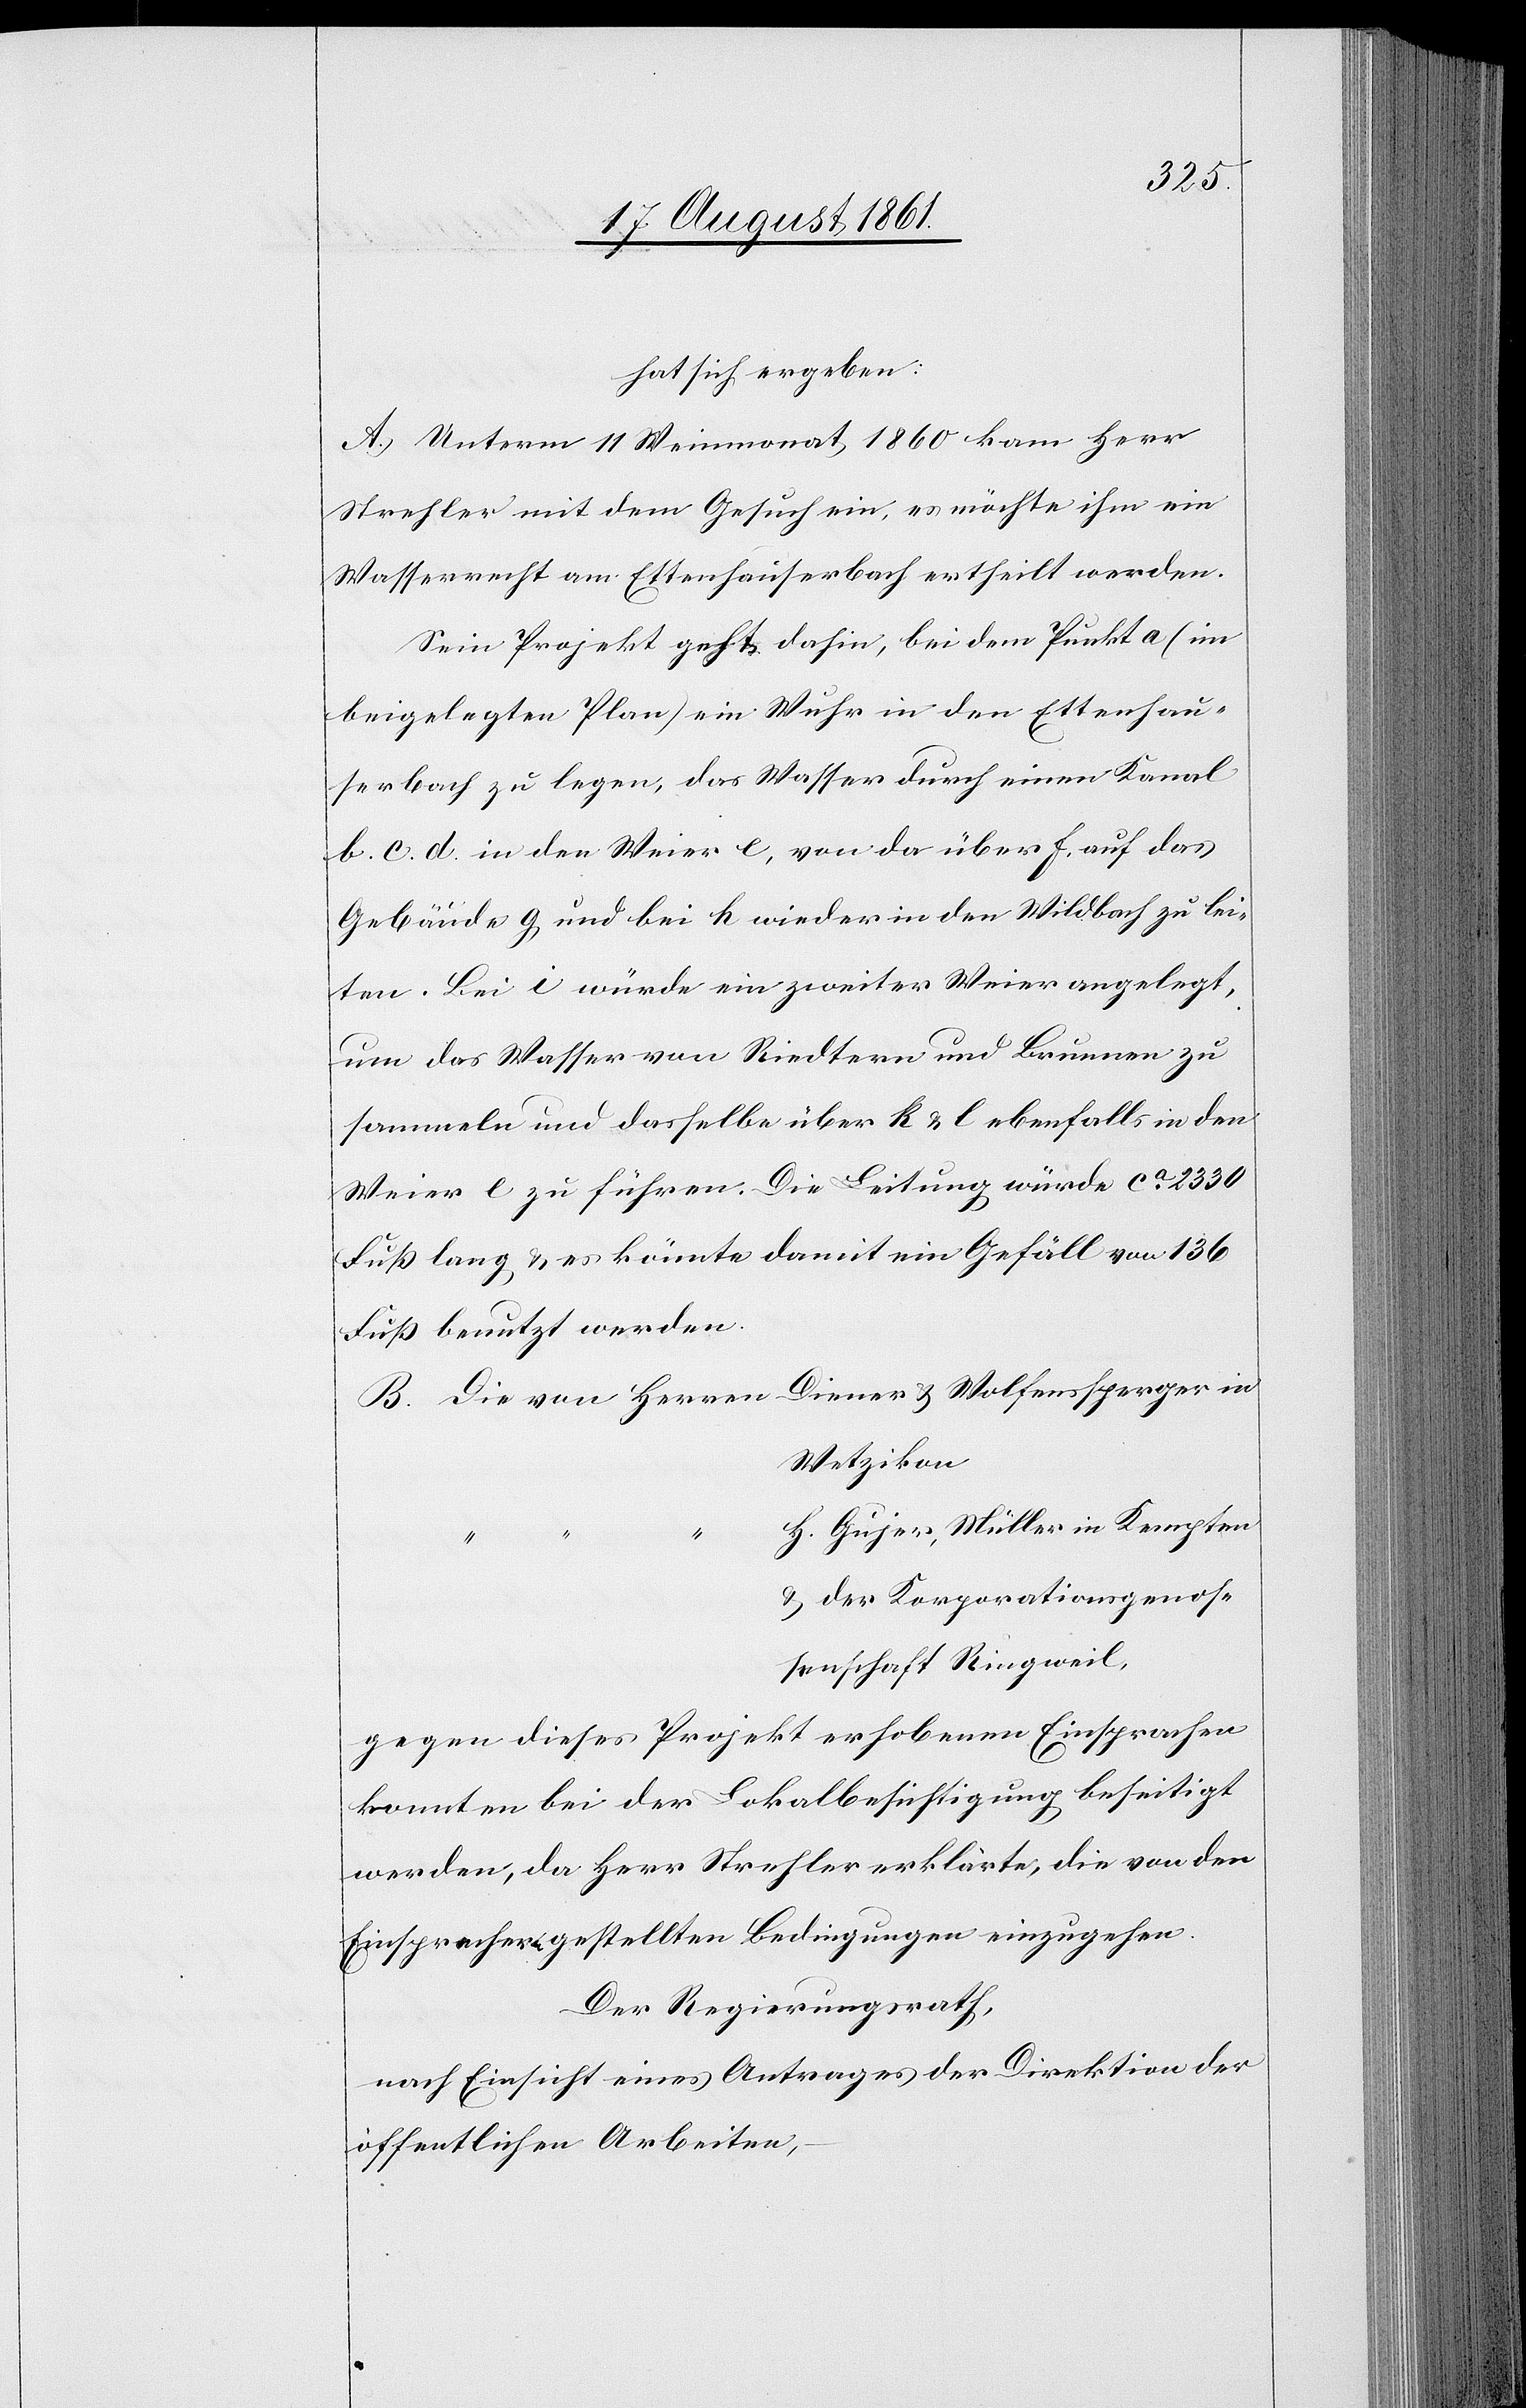
hat sich ergeben:
A. Unterm 11 Weinmonat 1860 kam Herr
Strehler mit dem Gesuch ein, es möchte ihm ein
Wasserrecht am Ettenhausenbach ertheilt werden.
Sein Projekt geht dahin, bei dem Punkte a (im
beigelegten Plan) ein Wuhr in den Ettenhau¬
serbach zu legen, das Wasser durch einen Kanal
b. c. d. in den Weier e, von da über f. auf das
Gebäude g und bei h wieder in den Wildbach zu lei¬
ten. Bei i würde ein zweiter Weier angelegt,
um das Wasser von Riedtern und Brunnen zu
sammeln und dasselbe über k. u. l ebenfalls in den
Weier e zu führen. Die Leitung würde ca 2330
Fuß lang u. es könnte damit ein Gefäll von 136
Fuß benutzt werden.
B. Die von Herren Diener u. Wolfensperger in
Wetzikon
H. Gujer, Müller in Kempten
u. der Korporationsgenos¬
senschaft Ringweil,
gegen dieses Projekt erhobenen Einsprachen
konnten bei der Lokalbesichtigung beseitigt
werden, da Herr Strehler erklärte, die von der
Einsprache gestellten Bedingungen einzugehen.
Der Regierungsrath,
nach Einsicht eines Antrages der Direktion der
öffentlichen Arbeiten,